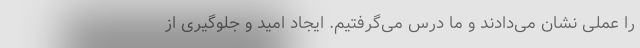
را عملی نشان می‌دادند و ما درس می‌گرفتیم. ایجاد امید و جلوگیری از